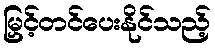
မြှင့်တင်ပေးနိုင်သည့်